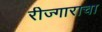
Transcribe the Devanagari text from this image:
रीज्गाराचा